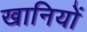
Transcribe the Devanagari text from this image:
खानियों